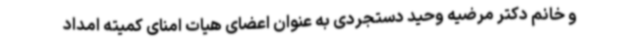
و خانم دکتر مرضیه وحید دستجردی به عنوان اعضای هیات امنای کمیته امداد